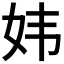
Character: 𫰍